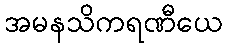
အမနသိကရဏီယေ